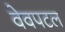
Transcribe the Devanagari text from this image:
वेवपटल